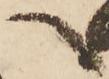
へ